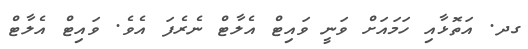
ގދ. އަތޮޅާއި ހަމައަށް ވަނީ ވައިޓް އެލާޓް ނެރެފަ އެވެ. ވައިޓް އެލާޓް